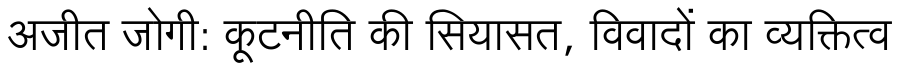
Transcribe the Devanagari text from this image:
अजीत जोगी: कूटनीति की सियासत, विवादों का व्यक्तित्व